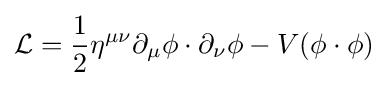
{\mathcal {L}}={\frac {1}{2}}\eta ^{\mu \nu }\partial _{\mu }\phi \cdot \partial _{\nu }\phi -V(\phi \cdot \phi )